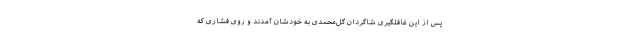
پس از این غافلگیری شاگردان گل‌محمدی به خودشان آمدند و روی فشاری که